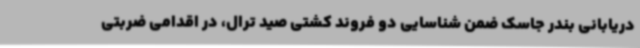
دریابانی بندر جاسک ضمن شناسایی دو فروند کشتی صید ترال، در اقدامی ضربتی